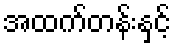
အထက်တန်းနှင့်